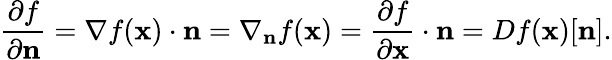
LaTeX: {\frac{\partial f}{\partial\mathbf{n}}}=\nabla f(\mathbf{x})\cdot\mathbf{n}=\nabla_{\mathbf{n}}{f}(\mathbf{x})={\frac{\partial f}{\partial\mathbf{x}}}\cdot\mathbf{n}=Df(\mathbf{x})[\mathbf{n}].